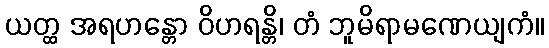
ယတ္ထ အရဟန္တော ဝိဟရန္တိ၊ တံ ဘူမိရာမဏေယျကံ။